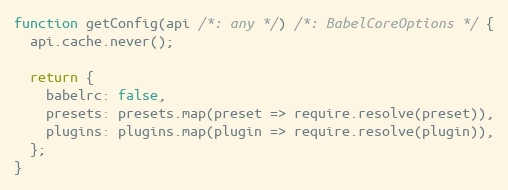
Language: JavaScript
function getConfig(api /*: any */) /*: BabelCoreOptions */ {
  api.cache.never();

  return {
    babelrc: false,
    presets: presets.map(preset => require.resolve(preset)),
    plugins: plugins.map(plugin => require.resolve(plugin)),
  };
}